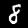
Digit: 8